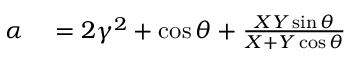
\begin{array} { r l } { \alpha } & { { } = 2 \gamma ^ { 2 } + \cos \theta + \frac { X Y \sin \theta } { X + Y \cos \theta } } \end{array}